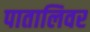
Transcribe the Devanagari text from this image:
पातालिवर